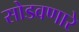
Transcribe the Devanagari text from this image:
सोडवणारे